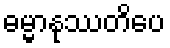
ဓမ္မာနုဿတိပေ